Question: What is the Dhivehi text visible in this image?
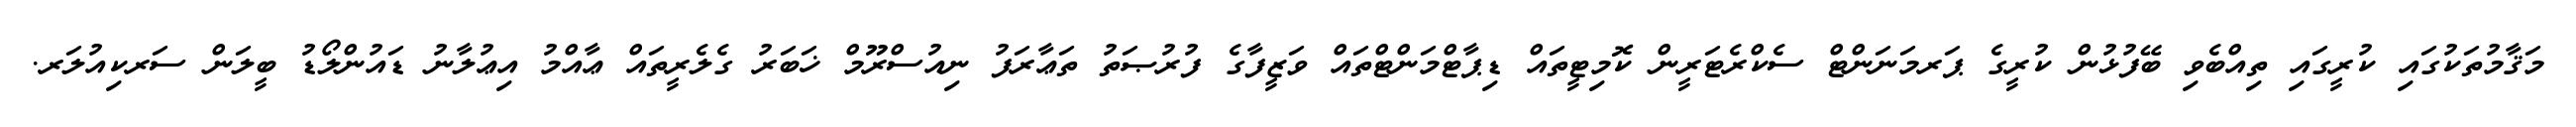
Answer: މަޤާމުތަކުގައި ކުރީގައި ތިއްބެވި ބޭފުޅުން ކުރީގެ ޕަރމަނަންޓް ސެކްރެޓަރީން ކޮމިޓީތައް ޑިޕާޓްމަންޓްތައް ވަޒީފާގެ ފުރުޞަތު ތަޢާރަފު ނިއުސްރޫމް ޚަބަރު ގެލެރީތައް ޢާއްމު އިޢުލާނު ޑައުންލޯޑު ބީލަން ސަރކިއުލަރ.